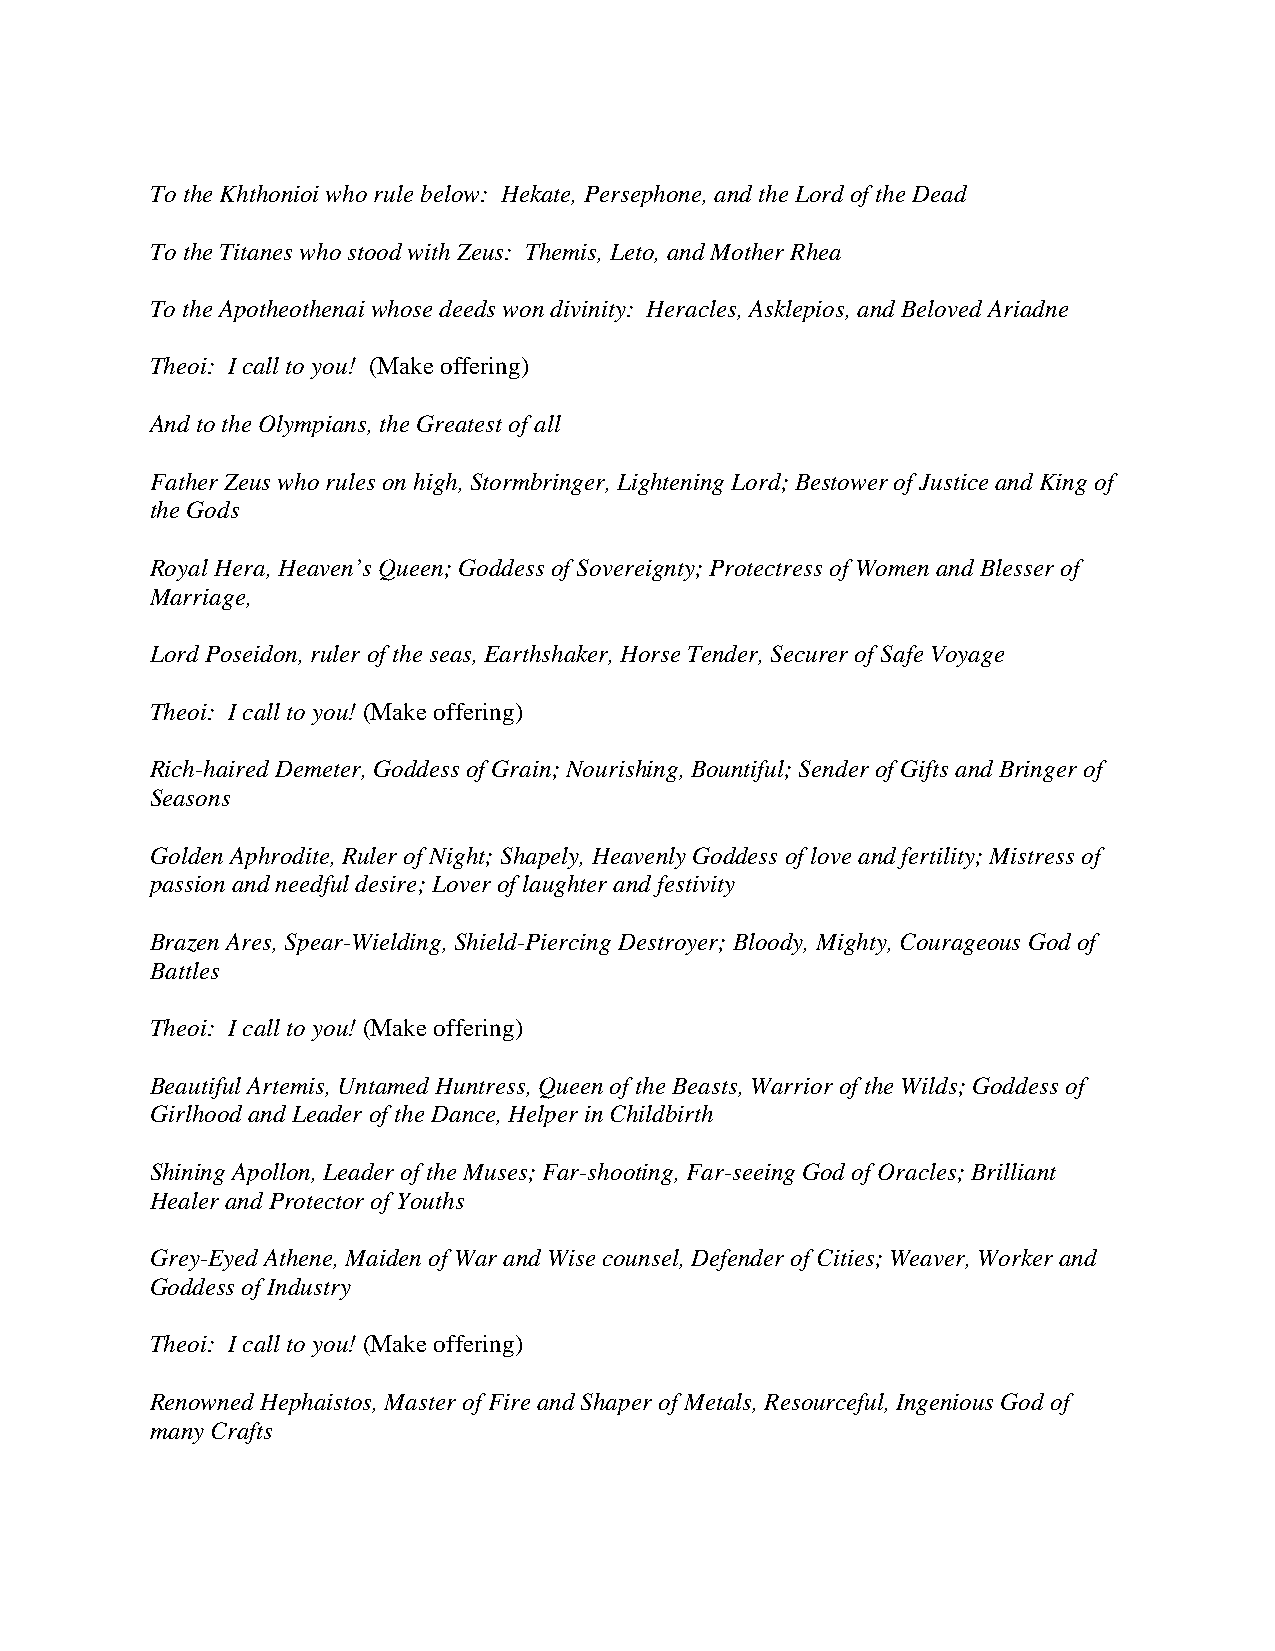
To the Khthonioi who rule below: Hekate, Persephone, and the Lord of the Dead
 To the Titanes who stood with Zeus: Themis, Leto, and Mother Rhea
 To the Apotheothenai whose deeds won divinity: Heracles, Asklepios, and Beloved Ariadne
 Theoi: I call to you! (Make offering)
 And to the Olympians, the Greatest of all
 Father Zeus who rules on high, Stormbringer, Lightening Lord; Bestower of Justice and King of
 the Gods
 Royal Hera, Heaven’s Queen; Goddess of Sovereignty; Protectress of Women and Blesser of
 Marriage,
 Lord Poseidon, ruler of the seas, Earthshaker, Horse Tender, Securer of Safe Voyage
 Theoi: I call to you! (Make offering)
 Rich-haired Demeter, Goddess of Grain; Nourishing, Bountiful; Sender of Gifts and Bringer of
 Seasons
 Golden Aphrodite, Ruler of Night; Shapely, Heavenly Goddess of love and fertility; Mistress of
 passion and needful desire; Lover of laughter and festivity
 Brazen Ares, Spear-Wielding, Shield-Piercing Destroyer; Bloody, Mighty, Courageous God of
 Battles
 Theoi: I call to you! (Make offering)
 Beautiful Artemis, Untamed Huntress, Queen of the Beasts, Warrior of the Wilds; Goddess of
 Girlhood and Leader of the Dance, Helper in Childbirth
 Shining Apollon, Leader of the Muses; Far-shooting, Far-seeing God of Oracles; Brilliant
 Healer and Protector of Youths
 Grey-Eyed Athene, Maiden of War and Wise counsel, Defender of Cities; Weaver, Worker and
 Goddess of Industry
 Theoi: I call to you! (Make offering)
 Renowned Hephaistos, Master of Fire and Shaper of Metals, Resourceful, Ingenious God of
 many Crafts